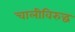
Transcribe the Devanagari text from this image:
चालीविरुद्ध